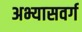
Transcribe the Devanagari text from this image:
अभ्यासवर्ग